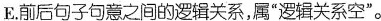
E。前后句子句意之间的逻辑关系，属”逻辑关系空”。